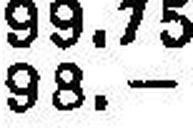
98.—